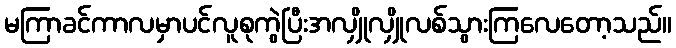
မကြာခင်ကာလမှာပင်လူစုကွဲပြီးအလျှိုလျှိုလစ်သွားကြလေတော့သည်။